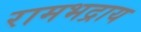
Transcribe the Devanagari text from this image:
रामभद्राय